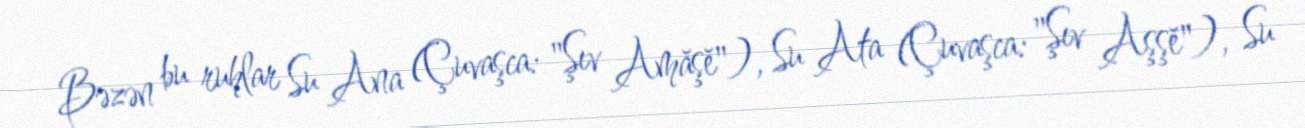
Bəzən bu ruhlar Su Ana (Çuvaşca: "Şıv Amăşĕ"), Su Ata (Çuvaşca: "Şıv Aşşĕ"), Su